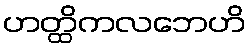
ဟတ္ထိကလဘေဟိ